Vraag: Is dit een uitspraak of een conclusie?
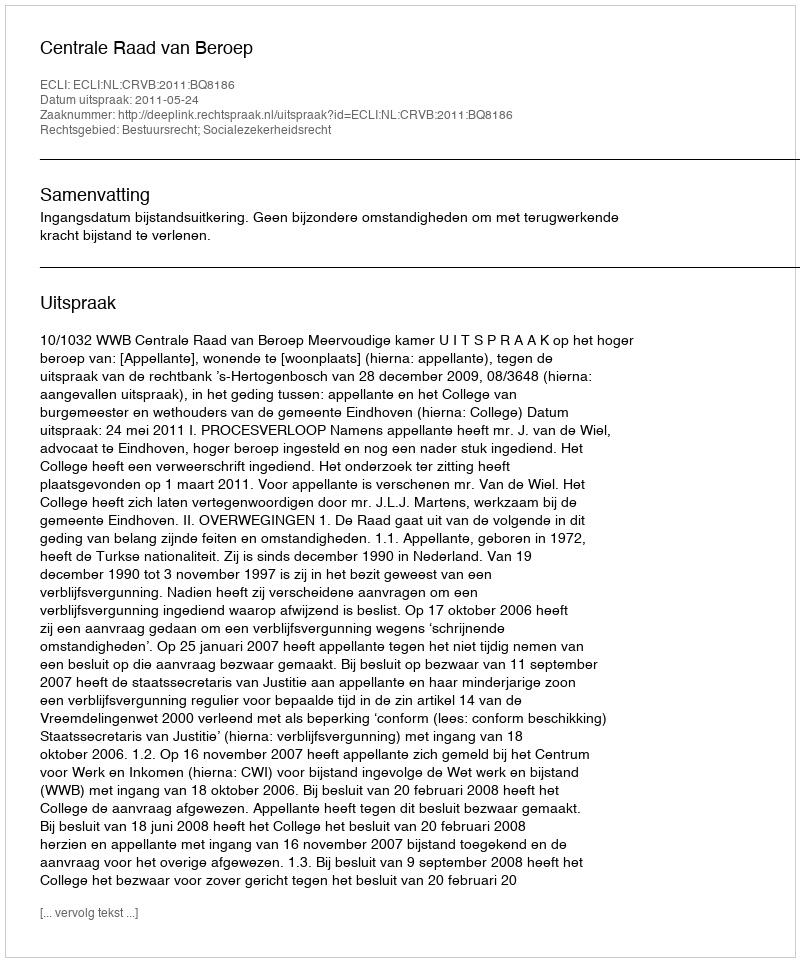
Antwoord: Uitspraak